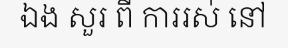
ឯង សួរ ពី ការរស់ នៅ